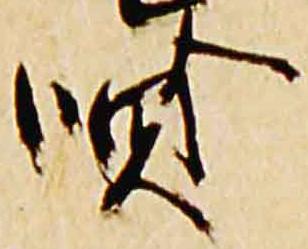
賢